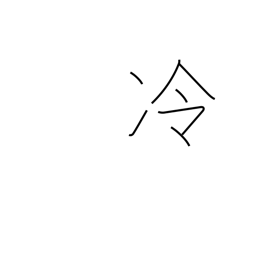
Meaning: cool